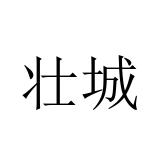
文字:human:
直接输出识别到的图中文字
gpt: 壮城